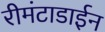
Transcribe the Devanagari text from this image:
रीमंटाडाईन